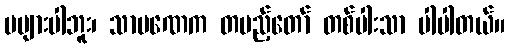
မများပါဘူး၊ သာမဏေက တပည့်တော် တစ်ပါးသာ ပါပါတယ်။